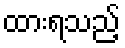
ထားရသည့်